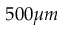
5 0 0 \mu m